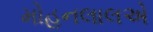
મોહનલાલએ